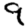
Digit: 9